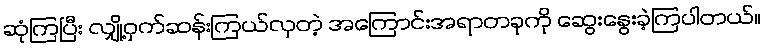
ဆုံကြပြီး လျှို့ဝှက်ဆန်းကြယ်လှတဲ့ အကြောင်းအရာတခုကို ဆွေးနွေးခဲ့ကြပါတယ်။